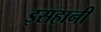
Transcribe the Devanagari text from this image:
इसहानी